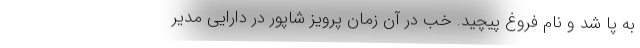
به پا شد و نام فروغ پیچید. خب در آن زمان پرویز شاپور در دارایی مدیر